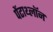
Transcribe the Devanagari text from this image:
पेंटाथ्लॉन